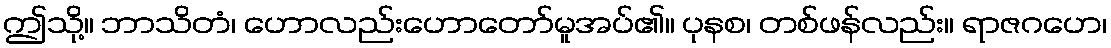
ဤသို့။ ဘာသိတံ၊ ဟောလည်းဟောတော်မူအပ်၏။ ပုနစ၊ တစ်ဖန်လည်း။ ရာဇဂဟေ၊